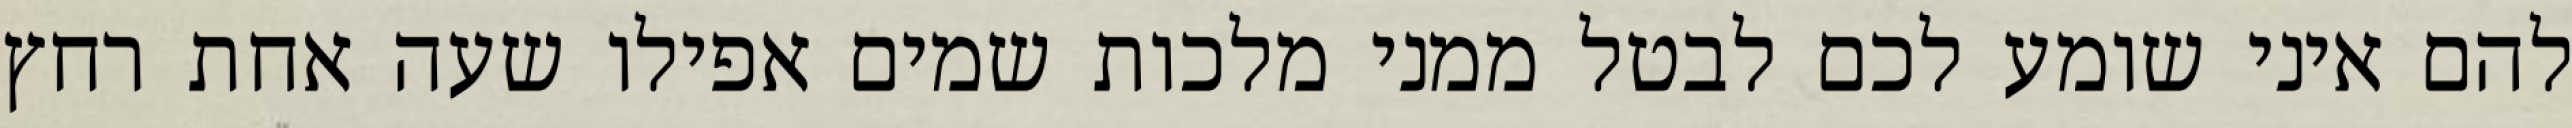
להם איני שומע לכם לבטל ממני מלכות שמים אפילו שעה אחת רחץ